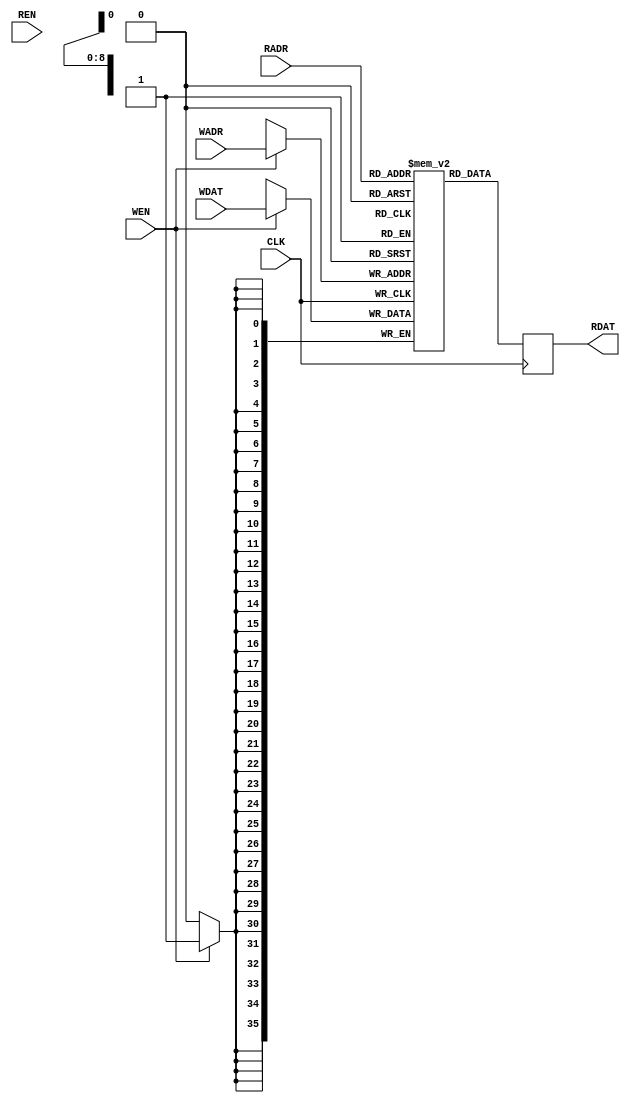
module my_ram (
    CLK,
    WADR,
    WDAT,
    WEN,
    RADR,
    RDAT,
    REN
);

  parameter DBITS = 36;
  parameter ABITS = 9;

  input wire CLK;

  input wire [ABITS-1:0] WADR;
  input wire [DBITS-1:0] WDAT;
  input wire WEN;

  input wire [ABITS-1:0] RADR;
  output reg [DBITS-1:0] RDAT;
  input wire REN;

  localparam SIZE = 1 << ABITS;
  reg [DBITS-1:0] mem[0:SIZE-1];

  always @(posedge CLK) begin
    if (WEN) mem[WADR] <= WDAT;
  end

  always @(posedge CLK) begin
    RDAT <= mem[RADR];
  end

endmodule